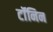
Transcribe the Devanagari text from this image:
टॉंनिन